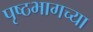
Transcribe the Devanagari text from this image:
पृष्ठभागच्या